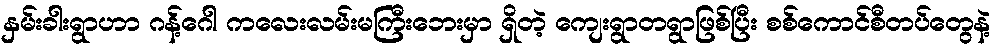
နှမ်းခါးရွာဟာ ဂန့်ဂေါ ကလေးလမ်းမကြီးဘေးမှာ ရှိတဲ့ ကျေးရွာတရွာဖြစ်ပြီး စစ်ကောင်စီတပ်တွေနဲ့